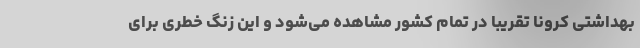
بهداشتی کرونا تقریبا در تمام کشور مشاهده می‌شود و این زنگ خطری برای